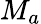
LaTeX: M_{a}